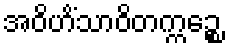
အဝိဟိံသာဝိတက္ကဉ္စေ